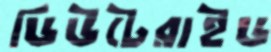
ডিউটেরাইড